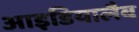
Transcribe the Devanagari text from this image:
आइडियालैब